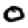
Digit: 0